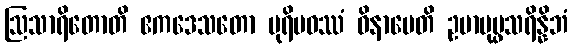
ဩသာရိတောတိ ဧကဒေသတော ပုရိမဝဿံ ဝိနာမေတိ ဥမာပုပ္ဖသရိန္နိဘံ